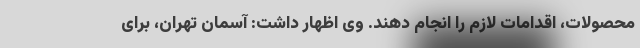
محصولات، اقدامات لازم را انجام دهند. وی اظهار داشت: آسمان تهران، برای